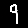
Digit: 9